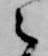
之